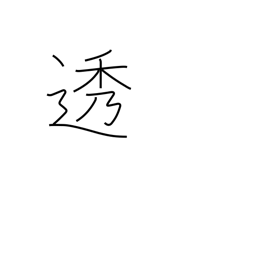
Meaning: filter